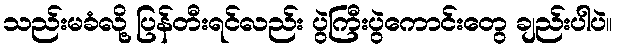
သည်းမခံလို့ ပြန်တီးရင်လည်း ပွဲကြီးပွဲကောင်းတွေ ချည်းပါပဲ။